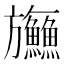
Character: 𬀤